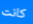
كانت